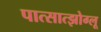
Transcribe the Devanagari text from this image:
पात्सात्झोग्लू